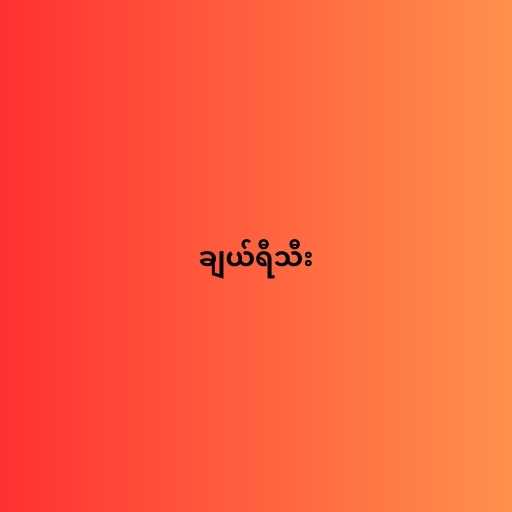
ချယ်ရီသီး